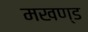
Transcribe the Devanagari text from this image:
मखण्ड